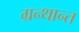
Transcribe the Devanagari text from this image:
ग्रन्थान्त